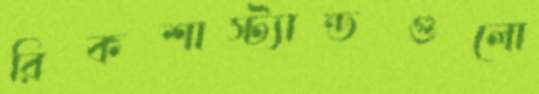
রিকশাস্ট্যান্ডগুলো